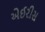
એઈરીસ